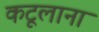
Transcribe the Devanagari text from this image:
कटूलाना